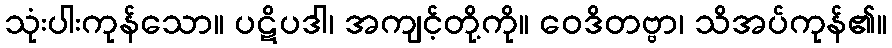
သုံးပါးကုန်သော။ ပဋိပဒါ၊ အကျင့်တို့ကို။ ဝေဒိတဗ္ဗာ၊ သိအပ်ကုန်၏။